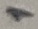
Text: 1